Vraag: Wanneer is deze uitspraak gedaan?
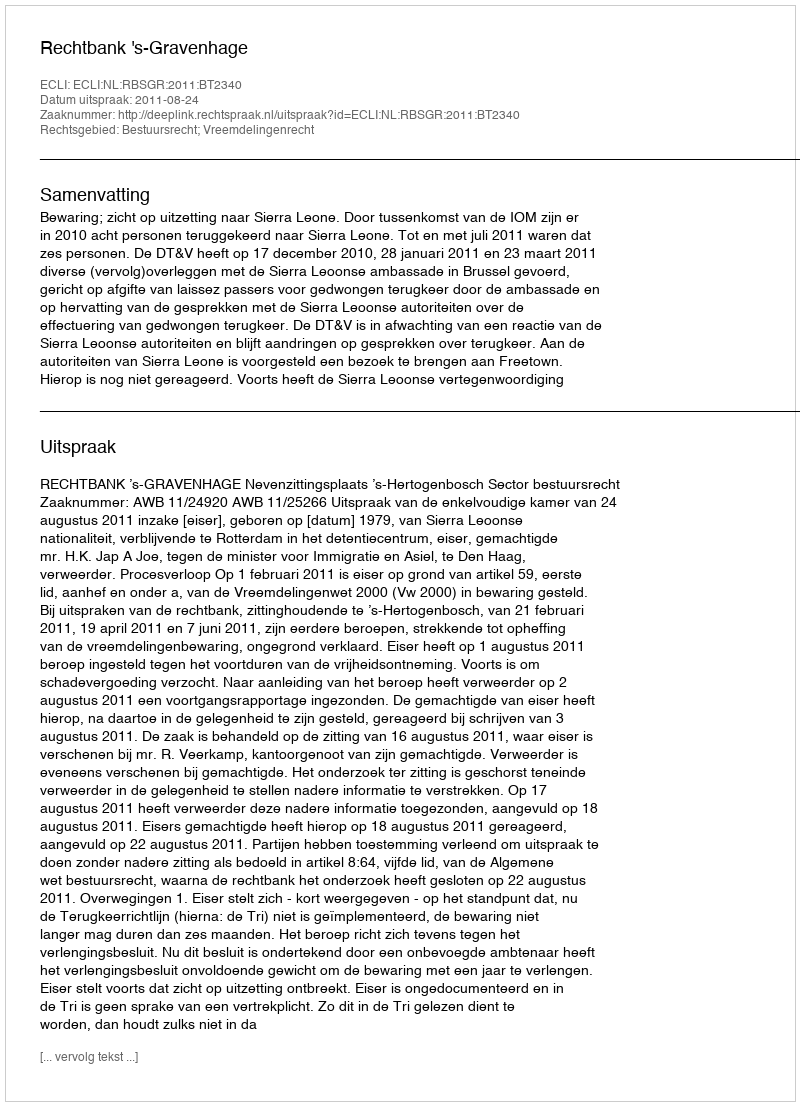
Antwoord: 2011-08-24